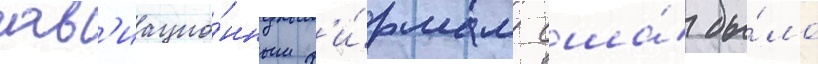
ав'иацио́нным ф'и́рмам сша́ бы́ло